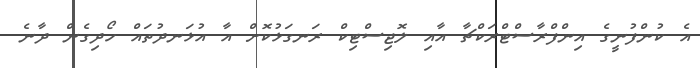
އެ ކުންފުނީގެ އިންފްރާސްޓްރަކްޗާ އާއި ލޮޖިސްޓިކް ރަނގަޅުކޮށް އާ އުޅަނދުތައް ހޯދިގެން ދާނެ